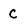
Character: c